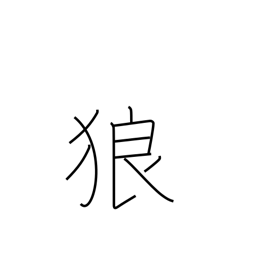
Meaning: wolf